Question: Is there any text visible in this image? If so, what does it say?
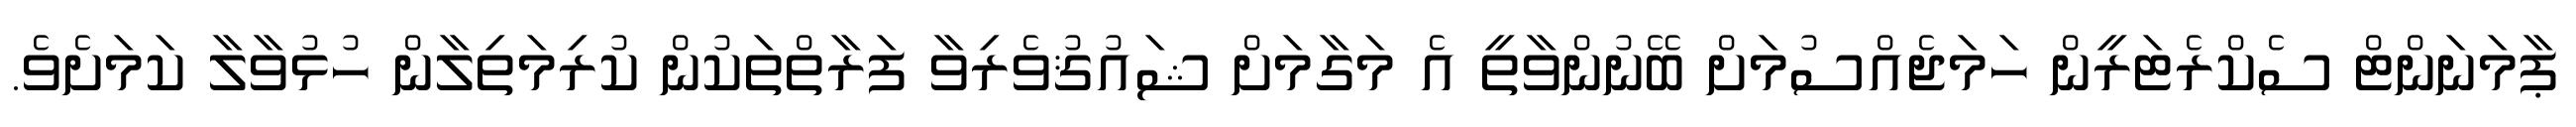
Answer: ޕާމަނަންޓް ސެކްރެޓަރީން ހަމަޖެއްސުމަށް ބޭނުންވާތީ އެ މަގާމަށް ޝައުޤުވެރިވާ ފަރާތްތަކުން ކުރިމަތިލާން ހުޅުވާލާ ކަމަށެވެ.